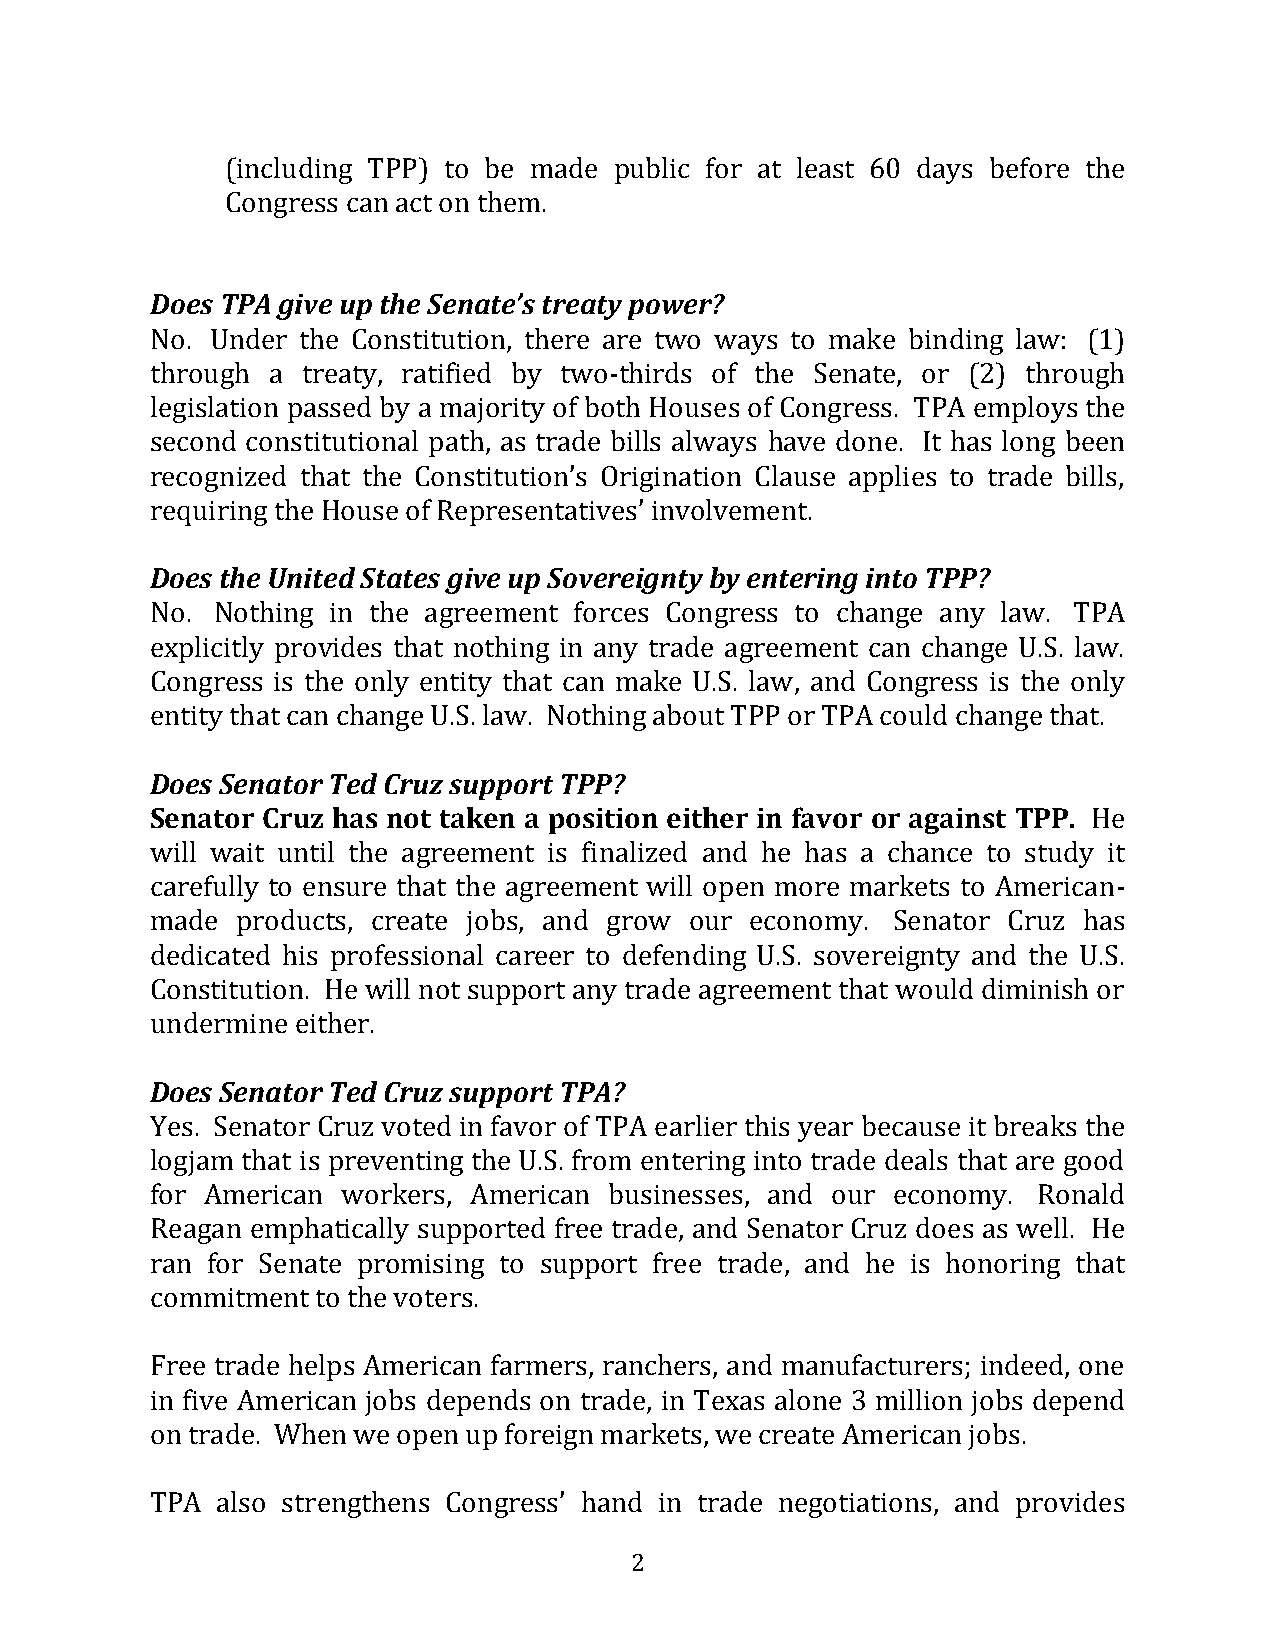
(including TPP) to be made public for at least 60 days before the
 Congress can act on them.
 Does TPA give up the Senate’s treaty power?
 No. Under the Constitution, there are two ways to make binding law: (1)
 through a treaty, ratified by two-thirds of the Senate, or (2) through
 legislation passed by a majority of both Houses of Congress. TPA employs the
 second constitutional path, as trade bills always have done. It has long been
 recognized that the Constitution’s Origination Clause applies to trade bills,
 requiring the House of Representatives’ involvement.
 Does the United States give up Sovereignty by entering into TPP?
 No. Nothing in the agreement forces Congress to change any law. TPA
 explicitly provides that nothing in any trade agreement can change U.S. law.
 Congress is the only entity that can make U.S. law, and Congress is the only
 entity that can change U.S. law. Nothing about TPP or TPA could change that.
 Does Senator Ted Cruz support TPP?
 Senator Cruz has not taken a position either in favor or against TPP. He
 will wait until the agreement is finalized and he has a chance to study it
 carefully to ensure that the agreement will open more markets to American-
 made  products, create jobs, and grow our economy. Senator Cruz has
 dedicated his professional career to defending U.S. sovereignty and the U.S.
 Constitution. He will not support any trade agreement that would diminish or
 undermine either.
 Does Senator Ted Cruz support TPA?
 Yes. Senator Cruz voted in favor of TPA earlier this year because it breaks the
 logjam that is preventing the U.S. from entering into trade deals that are good
 for American workers, American businesses, and our economy. Ronald
 Reagan emphatically supported free trade, and Senator Cruz does as well. He
 ran for Senate promising to support free trade, and he is honoring that
 commitment to the voters.
 Free trade helps American farmers, ranchers, and manufacturers; indeed, one
 in five American jobs depends on trade, in Texas alone 3 million jobs depend
 on trade. When we open up foreign markets, we create American jobs.
 TPA also strengthens Congress’ hand in trade negotiations, and provides
 2